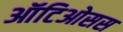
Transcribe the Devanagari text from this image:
ऑटिओसस